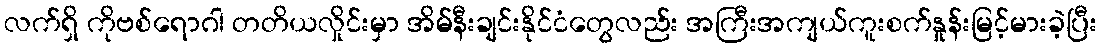
လက်ရှိ ကိုဗစ်ရောဂါ တတိယလှိုင်းမှာ အိမ်နီးချင်းနိုင်ငံတွေလည်း အကြီးအကျယ်ကူးစက်နှုူန်းမြင့်မားခဲ့ပြီး